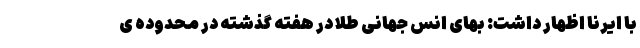
با ایرنا اظهار داشت: بهای انس جهانی طلا در هفته گذشته در محدوده ی